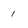
Character: 1